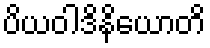
ပိယဝါဒိနိယောတိ